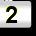
Digit: 2